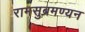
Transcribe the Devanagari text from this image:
रामसुब्रमण्यन